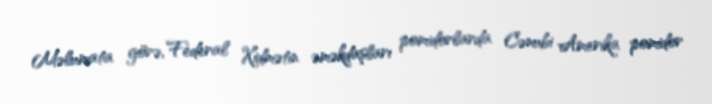
Məlumata görə, Federal Xidmətin əməkdaşları pomidorlarda Cənubi Amerika pomidor